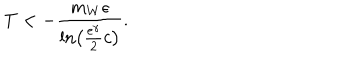
T < - \frac { m _ { W } \epsilon } { \ln \left( \frac { \mathrm { e } ^ { \gamma } } { 2 } c \right) } .